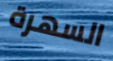
السهرة